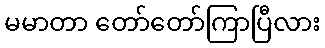
မမာတာ တော်တော်ကြာပြီလား